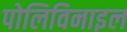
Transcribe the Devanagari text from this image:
पोलिविनाइल